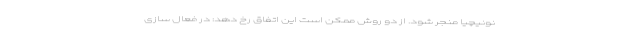
نونیچیا منجر شود. از دو روش ممکن است این اتفاق رخ دهد: در فعال سازی